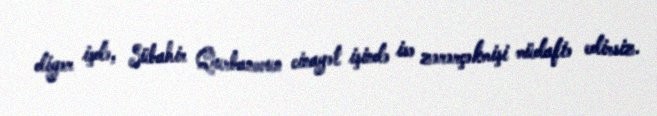
digər işdə, Sübahir Qurbanovun cinayət işində isə zərərçəkmişi müdafiə edirsiz.